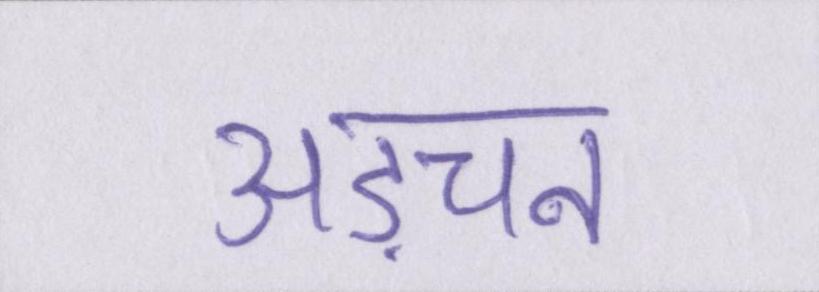
अड़चन